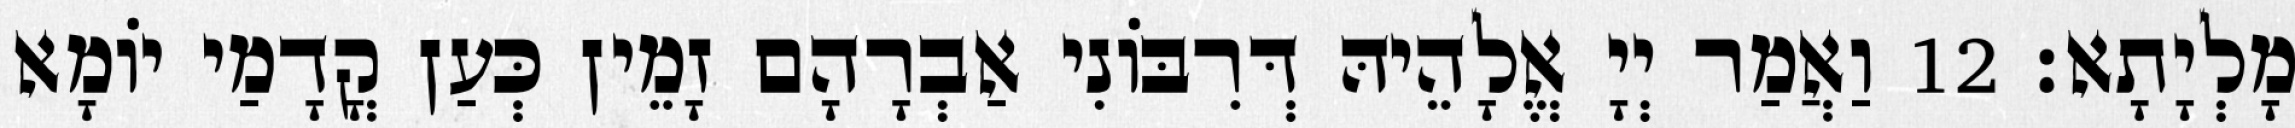
מָלְיָתָא׃ 12 וַאֲמַר יְיָ אֱלָהֵיהּ דְּרִבּוֹנִי אַבְרָהָם זָמֵין כְּעַן קֳדָמַי יוֹמָא